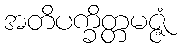
အတိပက္ခိတ္တမဇ္ဇံ